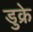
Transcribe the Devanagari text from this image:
डुक्रे